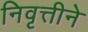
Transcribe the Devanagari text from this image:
निवृत्तीने